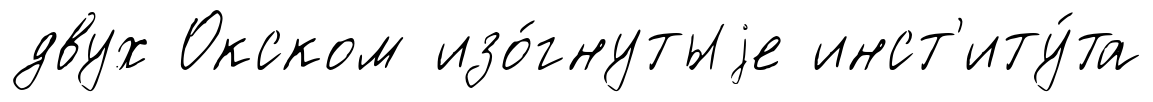
двух Окском изо́гнутыjе инст'иту́та